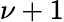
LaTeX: \nu+1